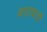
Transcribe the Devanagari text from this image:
वाटाघाटीं